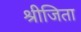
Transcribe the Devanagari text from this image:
श्रीजिता